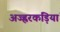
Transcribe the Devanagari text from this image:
अज्ह्वरकड़ियां